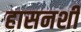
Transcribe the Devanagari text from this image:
हासनशी